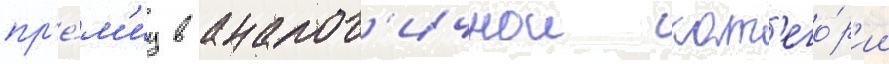
пр'е́м'иу в аналог'ичнои кат'его́р'ии